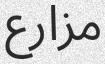
مزارع